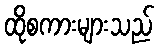
ထိုစကားများသည်